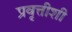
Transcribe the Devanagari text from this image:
प्रवृत्तीशी